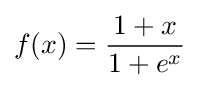
f(x)={\frac {1+x}{1+e^{x}}}